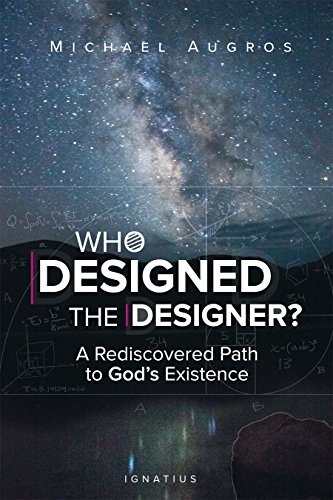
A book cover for Who Designed the Designer?: A Rediscovered Path to God's Existence; Michael Augros; Religion & Spirituality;